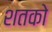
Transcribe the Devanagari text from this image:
शतको